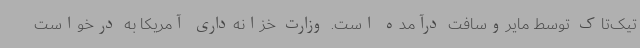
تیک‌تاک توسط مایروسافت درآمده است. وزارت خزانه‌داری آمریکا به درخواست